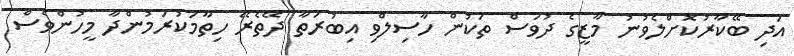
އަދި ބޭކާރުކޮށްލެވުނު މާޒީގެ ދުވަސް ތަކުން ހާސިލްވި އިބުރަތާ ދޭތެރޭ ހިތާމަކުރަމުންދާ މީހުންވެސް